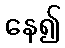
နေ၍